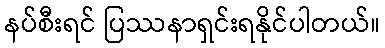
နပ်စီးရင် ပြဿနာရှင်းရနိုင်ပါတယ်။